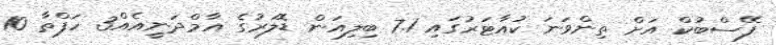
ފޭސްބުކް އަށް ތިންވަނަ ކުއާޓަރުގައި 7.1 ބިލިއަން ޑޮލަރުގެ އާމްދަނީއެއް3 ހަފްތާ 10